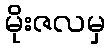
မိုးဇလမှ